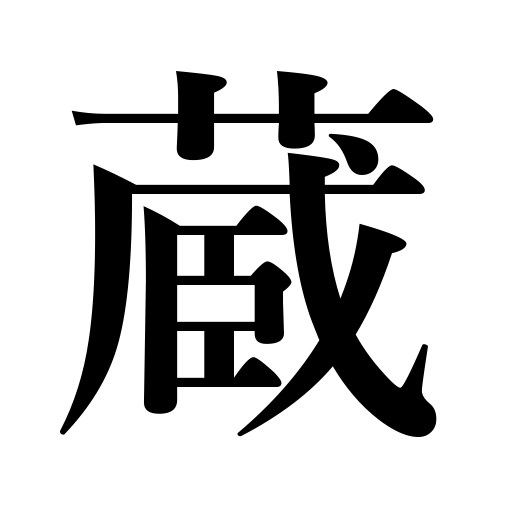
Meanings: elevator,warehouse,cellar,granary,godown,storehoure,depository,treasury